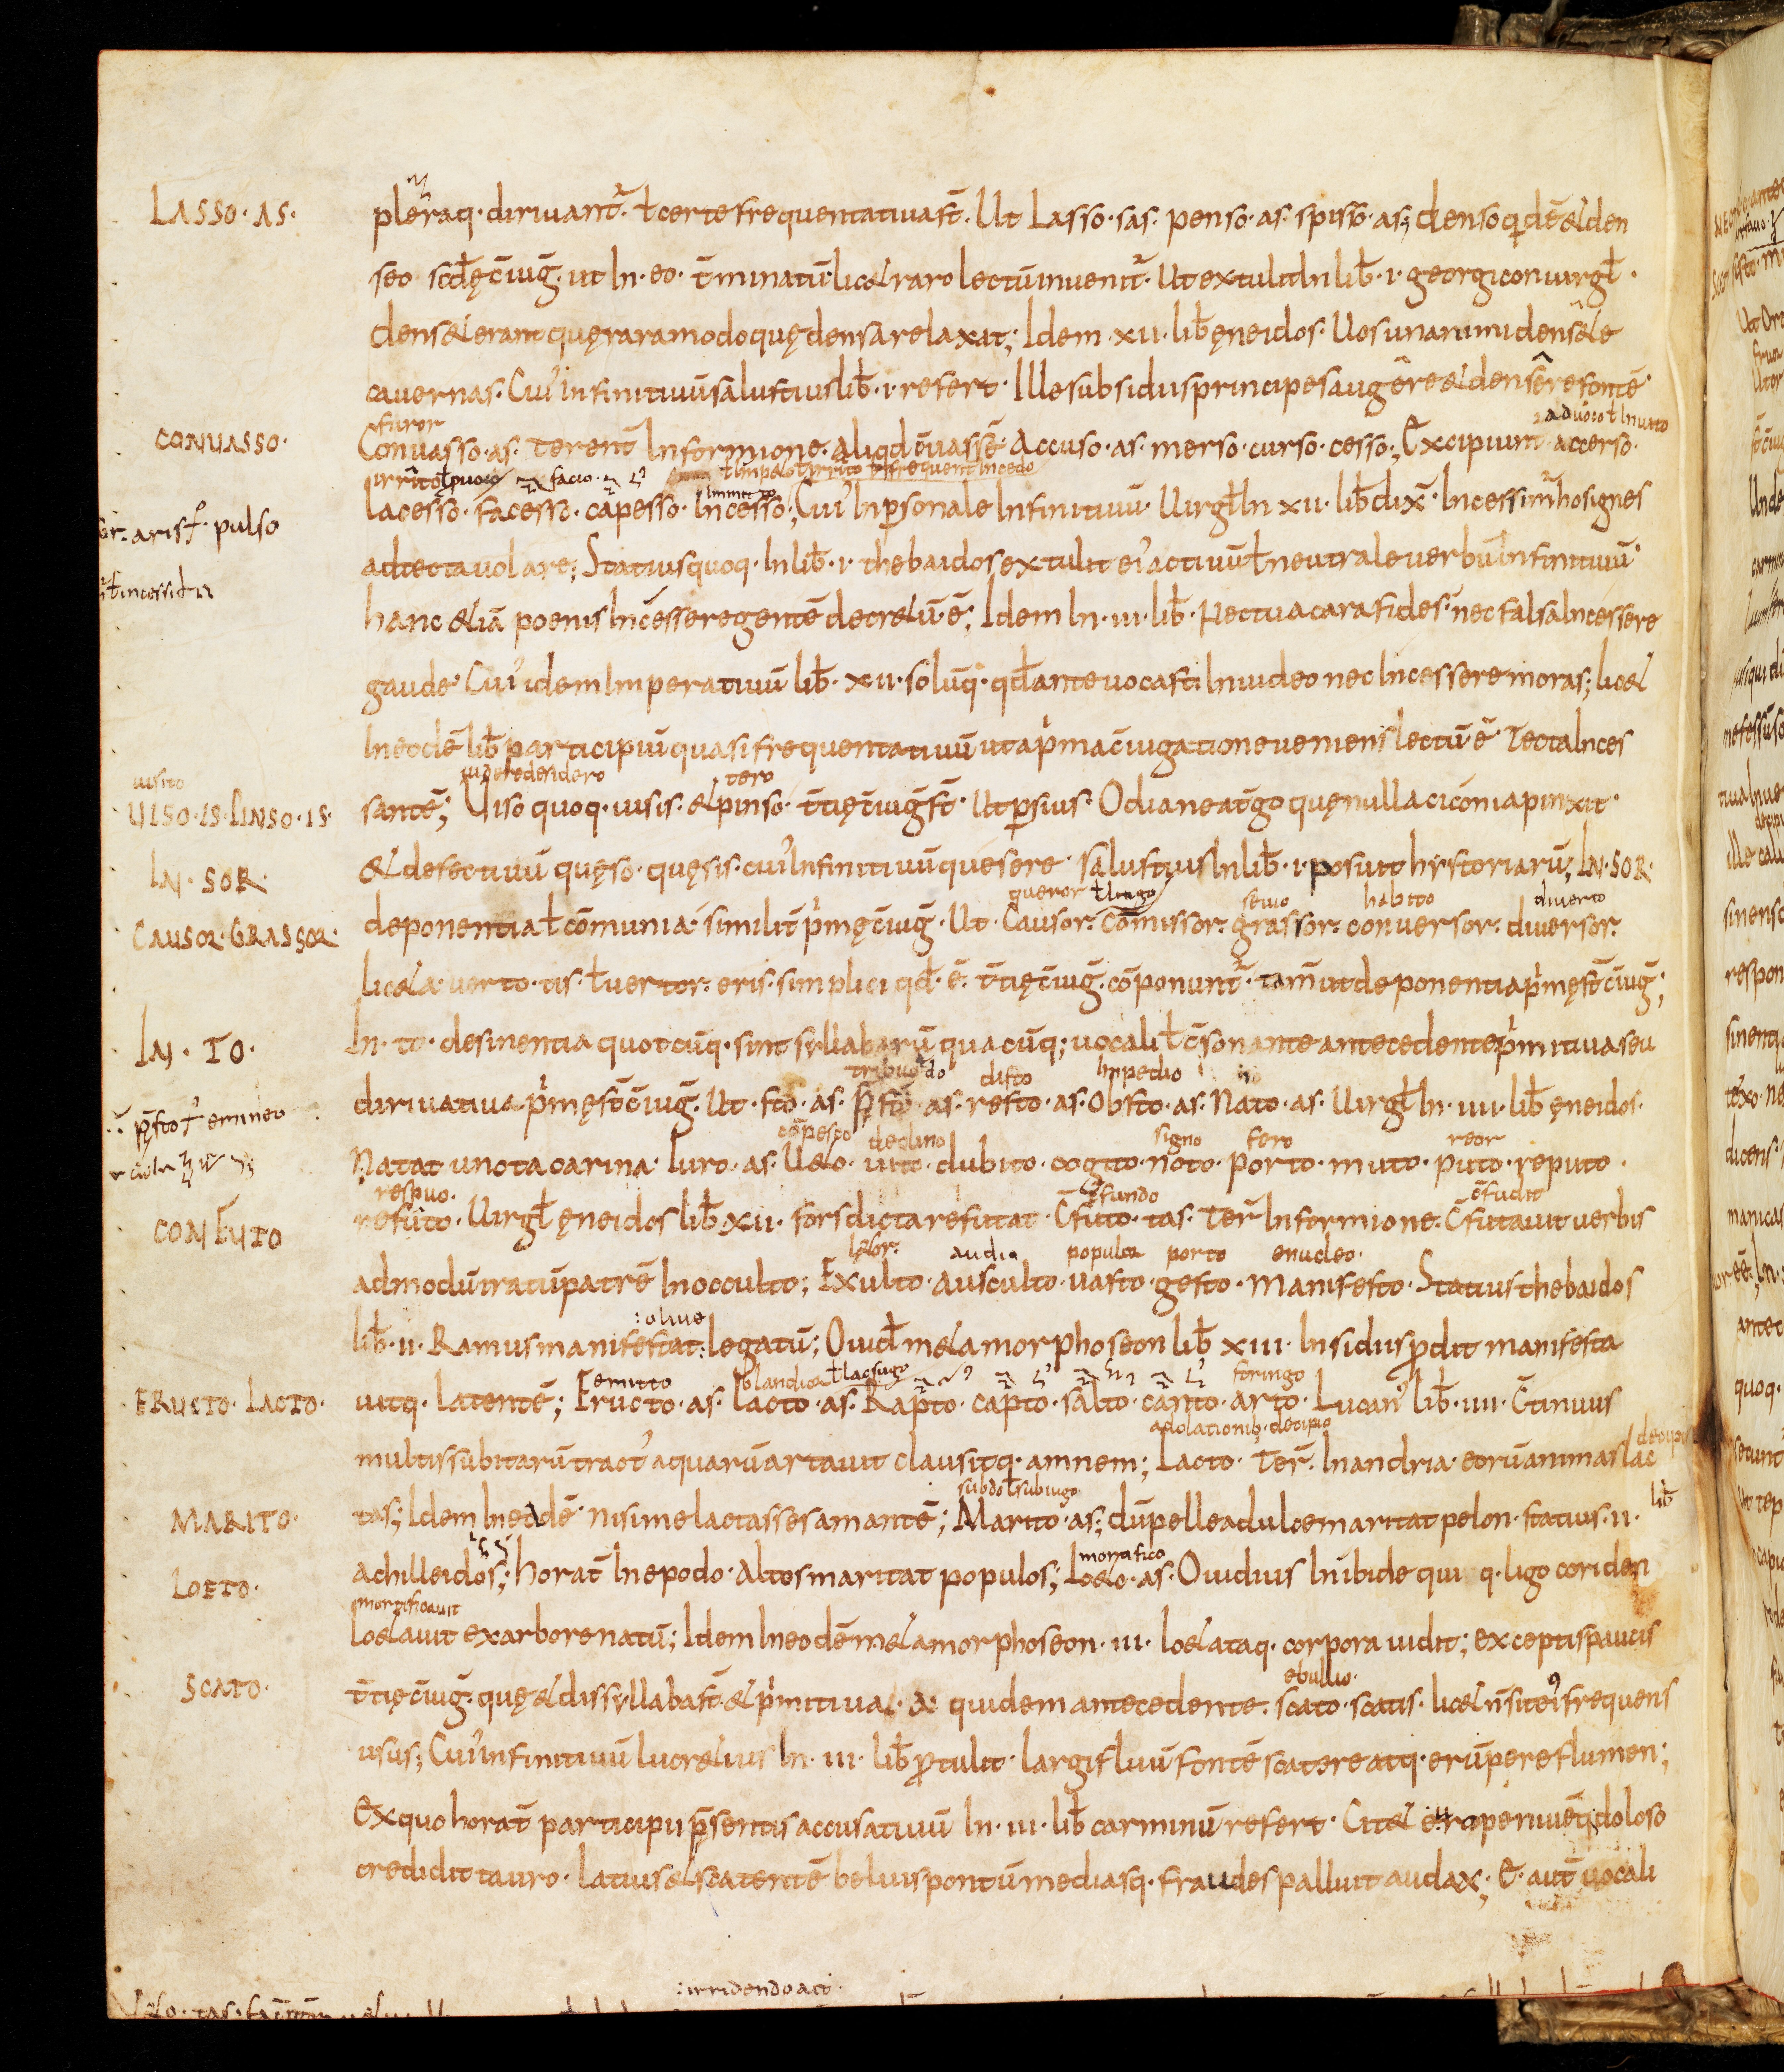
Shelfmark: Bamberg, Staatsbibliothek, MS Class. 30
Century: 9